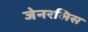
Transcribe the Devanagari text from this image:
जेनरलिस